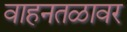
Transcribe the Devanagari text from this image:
वाहनतळावर